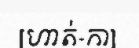
[ហាត់-កា]